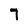
Character: 7